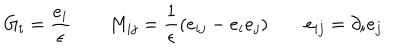
G _ { i } = \frac { e _ { i } } \epsilon \qquad M _ { i j } = \frac 1 \epsilon ( e _ { i j } - e _ { i } e _ { j } ) \qquad e _ { i j } = \partial _ { i } e _ { j }